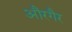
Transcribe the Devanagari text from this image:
औरगैर